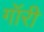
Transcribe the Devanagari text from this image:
गॉरी